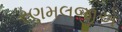
રણમલજીએ